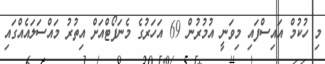
މި ހުކުމް އައިސްފައި މިވަނީ އުމުރުން 69 އަހަރުގެ މެނަފޯޓްއަށް އިތުރު މައްސަލައެއްގައި